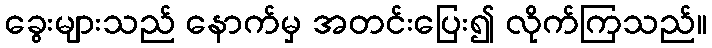
ခွေးများသည် နောက်မှ အတင်းပြေး၍ လိုက်ကြသည်။